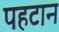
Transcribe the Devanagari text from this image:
पहटान